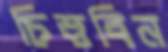
চিত্তবিন